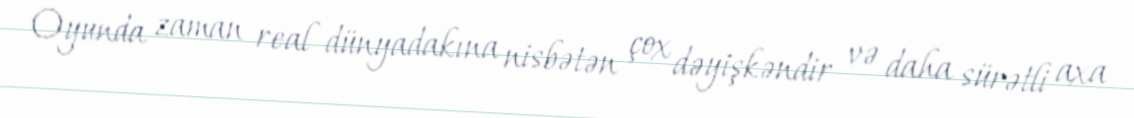
Oyunda zaman real dünyadakına nisbətən çox dəyişkəndir və daha sürətli axa